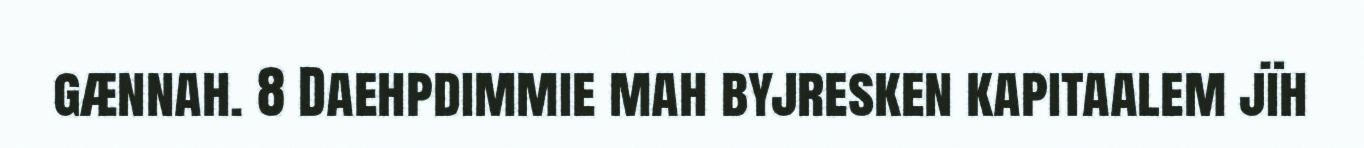
gænnah. 8 Daehpdimmie mah byjresken kapitaalem jïh